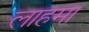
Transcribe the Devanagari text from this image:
लाहमा